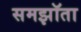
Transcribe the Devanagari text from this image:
समझॉता